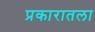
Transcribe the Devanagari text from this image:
प्रकारातला